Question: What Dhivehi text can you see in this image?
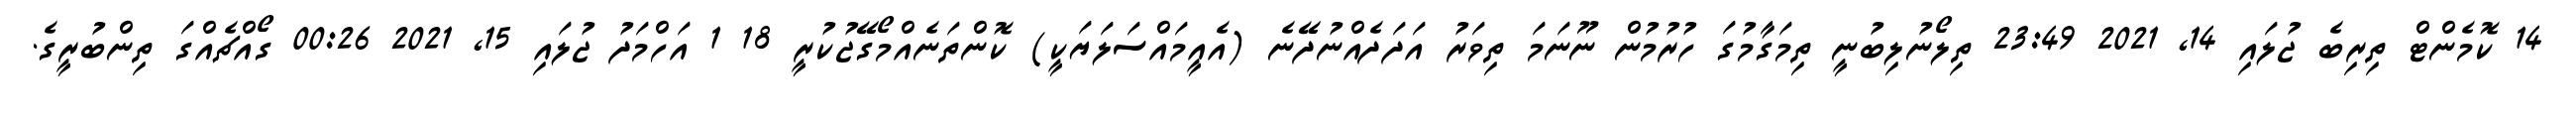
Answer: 14 ކޮމެންޓް ތިރިބެ ޖުލައި 14, 2021 23:49 ތިލޯނުލިބުނީ ތިމަގާމުގަ ހުރުމުން ނޫނަމަ ތިވަރު އަދަދެއްނުދޭނެ (އެއީމައްސަލަޔަކީ) ކޮންތަނެއްމޯގޭޖުކުރީ 18 1 އަހްމަދު ޖުލައި 15, 2021 00:26 ގޯއްޗެއްގަ ތިންބުރީގެ.